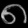
Digit: ၈